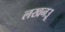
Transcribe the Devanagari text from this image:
लखनउू